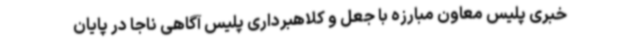
خبری پلیس معاون مبارزه با جعل و کلاهبرداری پلیس آگاهی ناجا در پایان